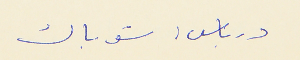
درباس : شو باك